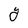
Character: Y